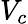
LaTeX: V_{c}